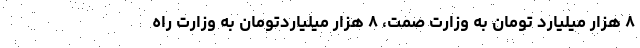
۸ هزار میلیارد تومان به وزارت صمت، ۸ هزار میلیاردتومان به وزارت راه